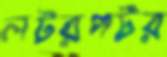
লটরপটর